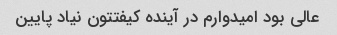
عالی بود امیدوارم در آینده کیفتتون نیاد پایین